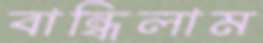
বান্ধিলাম